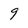
Character: 9